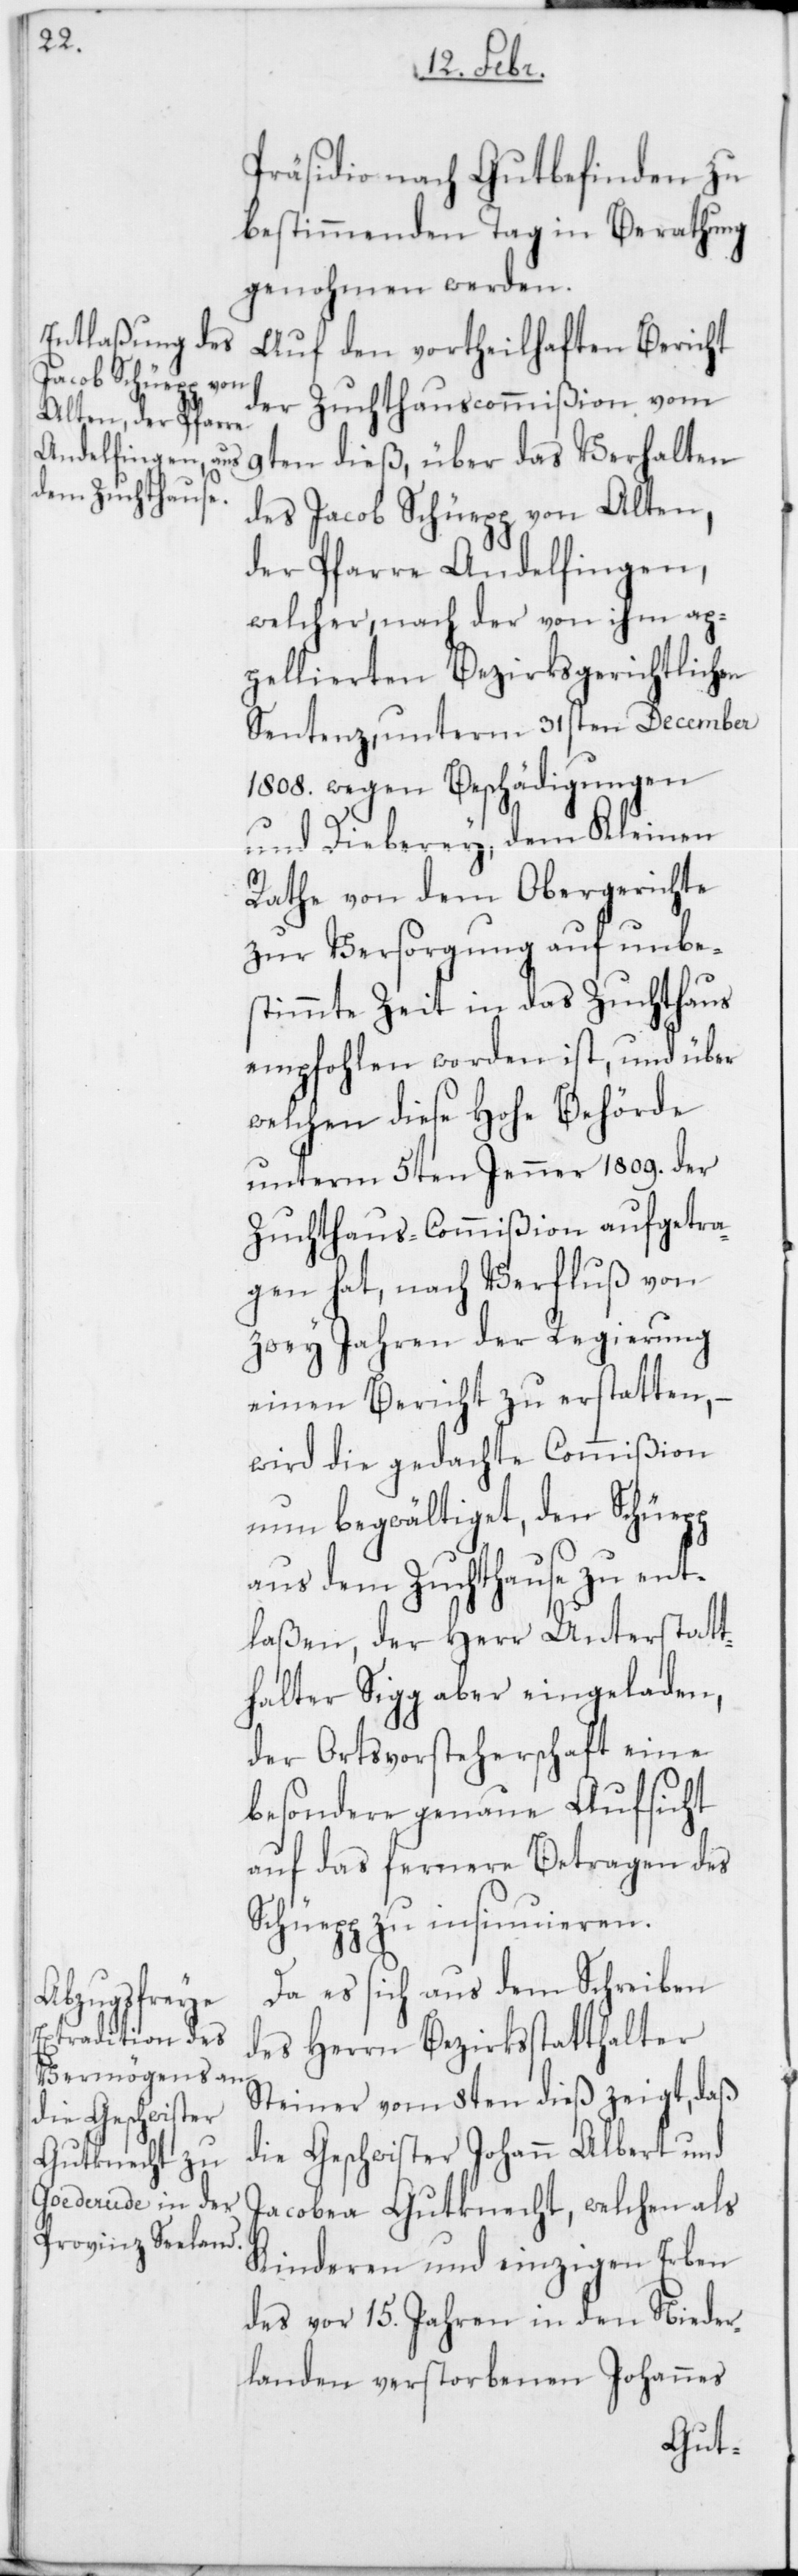
Präsidio nach Gutbefinden zu
bestimmenden Tag in Berathung
genohmen werden.
Auf den vortheilhaften Bericht
der Zuchthauscommißion vom
9ten dieß, über das Verhalten
des Jacob Schüepp von Alten,
der Pfarre Andelfingen,
welcher, nach der von ihm ap¬
pellierten Bezirksgerichtlichen
Sentenz, unterm 31sten December
1808. wegen Beschädigungen
und Dieberey, dem Kleinen
Rathe von dem Obergerichte
zur Versorgung auf unbe¬
stimmte Zeit in das Zuchthaus
empfohlen worden ist, und über
welchen diese Hohe Behörde
unterm 5ten Jenner 1809. der
Zuchthaus-Commißion aufgetra¬
gen hat, nach Verfluß von
zwey Jahren der Regierung
einen Bericht zu erstatten, –
wird die gedachte Commißion
nun begwältiget, den Schüepp
aus dem Zuchthause zu ent¬
laßen, der Herr Unterstadt¬
halter Sigg aber eingeladen,
der Ortsvorsteherschaft eine
besondere genaue Aufsicht
auf das fernere Betragen des
Schüepp zu insinuieren.
Da es sich aus dem Schreiben
des Herrn Bezirksstatthalter
Steiner vom 8ten dieß zeigt, daß
die Geschwister Johann Albert und
Jacobea Gutknecht, welchen als
Kinderen und einzigen Erben
des vor 15. Jahren in den Nieder¬
landen verstorbenen Johannes